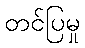
တင်ပြမှု